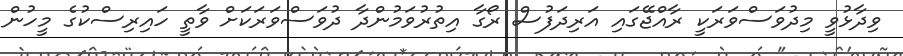
ވިދާޅުވީ މިދުވަސްވަރަކީ ރާއްޖޭގައި އަރިދަފުސް ރޯގާ އިތުރުވަމުންދާ ދުވަސްވަރަކަށް ވާތީ ހައިރިސްކުގެ މީހުން